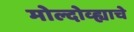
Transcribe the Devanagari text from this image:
मोल्दोव्ह्याचे